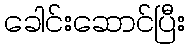
ခေါင်းဆောင်ပြီး